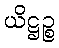
ယိဋ္ဌဉ္စ